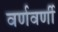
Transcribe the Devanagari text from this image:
वर्णवर्णी